Annual returns of the Patna Lunatic Asylum at Bankipore in Bihar and Orissa - 1912-1924
Year: 1912
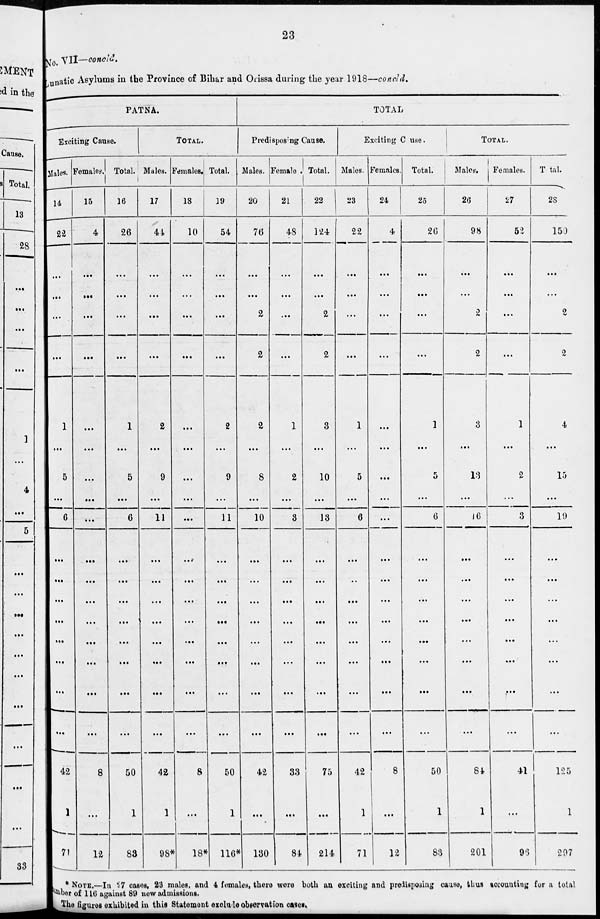
23
No. VII—concld.
Lunatic Asylums in the Province of Bihar and Orissa during the year 1918—concld.
PATNA.
Exciting Cause.
Males.
14
22
...
...
...
...
1
...
5
...
6
...
...
...
...
...
...
...
...
42
1
71
Females.
15
4
...
...
...
...
...
...
...
...
...
...
...
...
...
...
...
...
...
8
...
12
Total.
16
26
...
...
...
...
1
...
5
...
6
...
...
...
...
...
...
...
...
50
1
83
TOTAL.
Males.
17
44
...
...
...
...
2
...
9
...
11
...
...
...
...
...
...
...
...
42
1
98*
Females.
18
10
...
...
...
...
...
...
...
...
...
...
...
...
...
...
...
...
...
8
...
18*
Total.
19
54
...
...
...
...
2
...
9
...
11
...
...
...
...
...
...
...
...
50
1
116*
TOTAL
Predisposing Cause.
Males.
20
76
...
...
2
2
2
...
8
...
10
...
...
...
...
...
...
...
...
42
...
130
Female.
21
48
...
...
...
...
1
...
2
...
3
...
...
...
...
...
...
...
...
33
...
84
Total.
22
124
...
...
2
2
3
...
10
...
13
...
...
...
...
...
...
...
...
75
...
214
Exciting Cause.
Males.
23
22
...
...
...
...
1
...
5
...
6
...
...
...
...
...
...
...
...
42
1
71
Females.
24
4
...
...
...
...
...
...
...
...
...
...
...
...
...
...
...
...
...
8
...
12
Total.
25
26
...
...
...
...
1
...
...
...
6
...
...
...
...
...
...
...
...
50
1
83
TOTAL.
Males.
26
98
...
...
2
2
3
...
13
...
16
...
...
...
...
...
...
...
...
84
1
201
Females.
27
52
...
...
...
...
1
...
2
...
3
...
...
...
...
...
...
...
...
41
...
96
Total.
28
150
...
...
2
2
4
...
15
...
19
...
...
...
...
...
...
...
...
125
1
297
* NOTE.—In 27 cases, 23 males, and 4 females, there were both an exciting and predisposing cause, thus accounting for a total
number of 116 against 89 new admissions.
The figures exhibited in this Statement exclude observation cases.